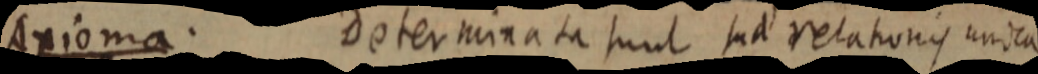
Axioma. Determinata sunt sua relationis unica